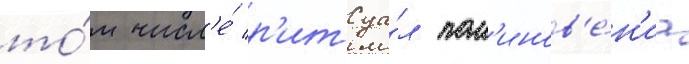
то́м числ'е́ р'итуа́л пом'инов'е́н'иа